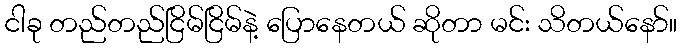
ငါခု တည်တည်ငြိမ်ငြိမ်နဲ့ ပြောနေတယ် ဆိုတာ မင်း သိတယ်နော်။